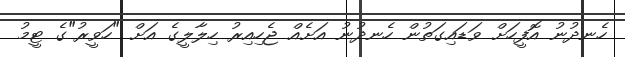
ހެނދުނު އޮފީހަށް ވަޑައިގަތުން ހެނދުނު އަށެއް ޖެހިއިރު ހިލާލީގެ އަށް "ހަވީރު"ގެ ޓީމު